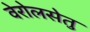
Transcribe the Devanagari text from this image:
वेरोलसेतु